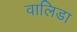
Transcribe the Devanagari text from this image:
वालिडा